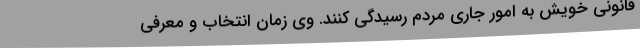
قانونی خویش به امور جاری مردم رسیدگی کنند. وی زمان انتخاب و معرفی